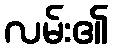
လမ်း၏